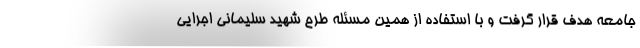
جامعه هدف قرار گرفت و با استفاده از همین مسئله طرح شهید سلیمانی اجرایی